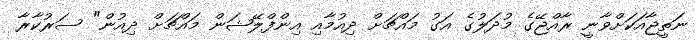
ނަތީޖާއަކަށްވާނީ ރާއްޖޭގެ މުދަލުގެ އަގު މައްޗަށް ދިއުމާއި އިންފްލޭޝަން މައްޗަށް ދިއުން" ސަރުކާރާ